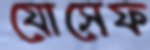
যোসেফ